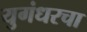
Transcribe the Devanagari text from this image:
युगंधरचा